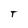
Character: T